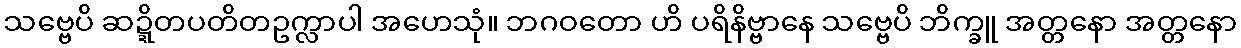
သဗ္ဗေပိ ဆဍ္ဍိတပတိတဥက္လာပါ အဟေသုံ။ ဘဂဝတော ဟိ ပရိနိဗ္ဗာနေ သဗ္ဗေပိ ဘိက္ခူ အတ္တနော အတ္တနော